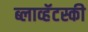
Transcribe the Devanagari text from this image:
ब्लाव्हॅटस्की